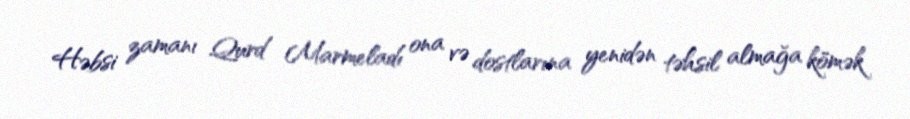
Həbsi zamanı Qurd Marmeladı ona və dostlarına yenidən təhsil almağa kömək